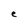
Character: e